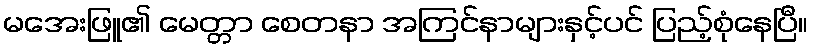
မအေးဖြူ၏ မေတ္တာ စေတနာ အကြင်နာများနှင့်ပင် ပြည့်စုံနေပြီ။